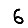
Digit: 6